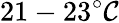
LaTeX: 21-23^{\circ}\mathcal{C}